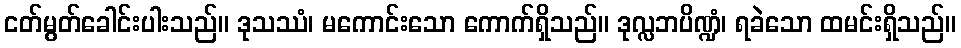
ငတ်မွတ်ခေါင်းပါးသည်။ ဒုသဿံ၊ မကောင်းသော ကောက်ရှိသည်။ ဒုလ္လဘပိဏ္ဍံ၊ ရခဲသော ထမင်းရှိသည်။